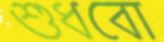
শুধবো